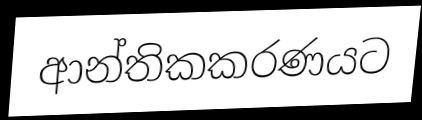
ආන්තිකකරණයට